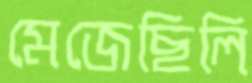
মেজেছিলি